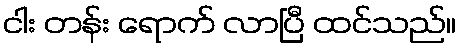
ငါး တန်း ရောက် လာပြီ ထင်သည်။